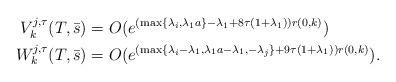
LaTeX: \begin{align*}V_k^{j,\tau}(T,\bar{s})&=O(e^{(\max\{\lambda_{i},\lambda_1 a\}-\lambda_1+8\tau(1+\lambda_1))r(0,k)})\\W_k^{j,\tau}(T,\bar{s})&=O(e^{(\max\{\lambda_{i}-\lambda_1,\lambda_1 a-\lambda_1,-\lambda_j\}+9\tau(1+\lambda_1))r(0,k)}).\end{align*}